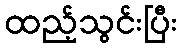
ထည့်သွင်းပြီး